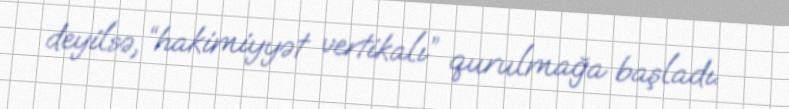
deyilsə, “hakimiyyət vertikalı” qurulmağa başladı.